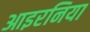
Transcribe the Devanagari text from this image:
आइरनिया